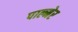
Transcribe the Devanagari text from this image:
पाल्मेर